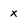
Character: x